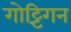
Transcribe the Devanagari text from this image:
गोट्टिंगन